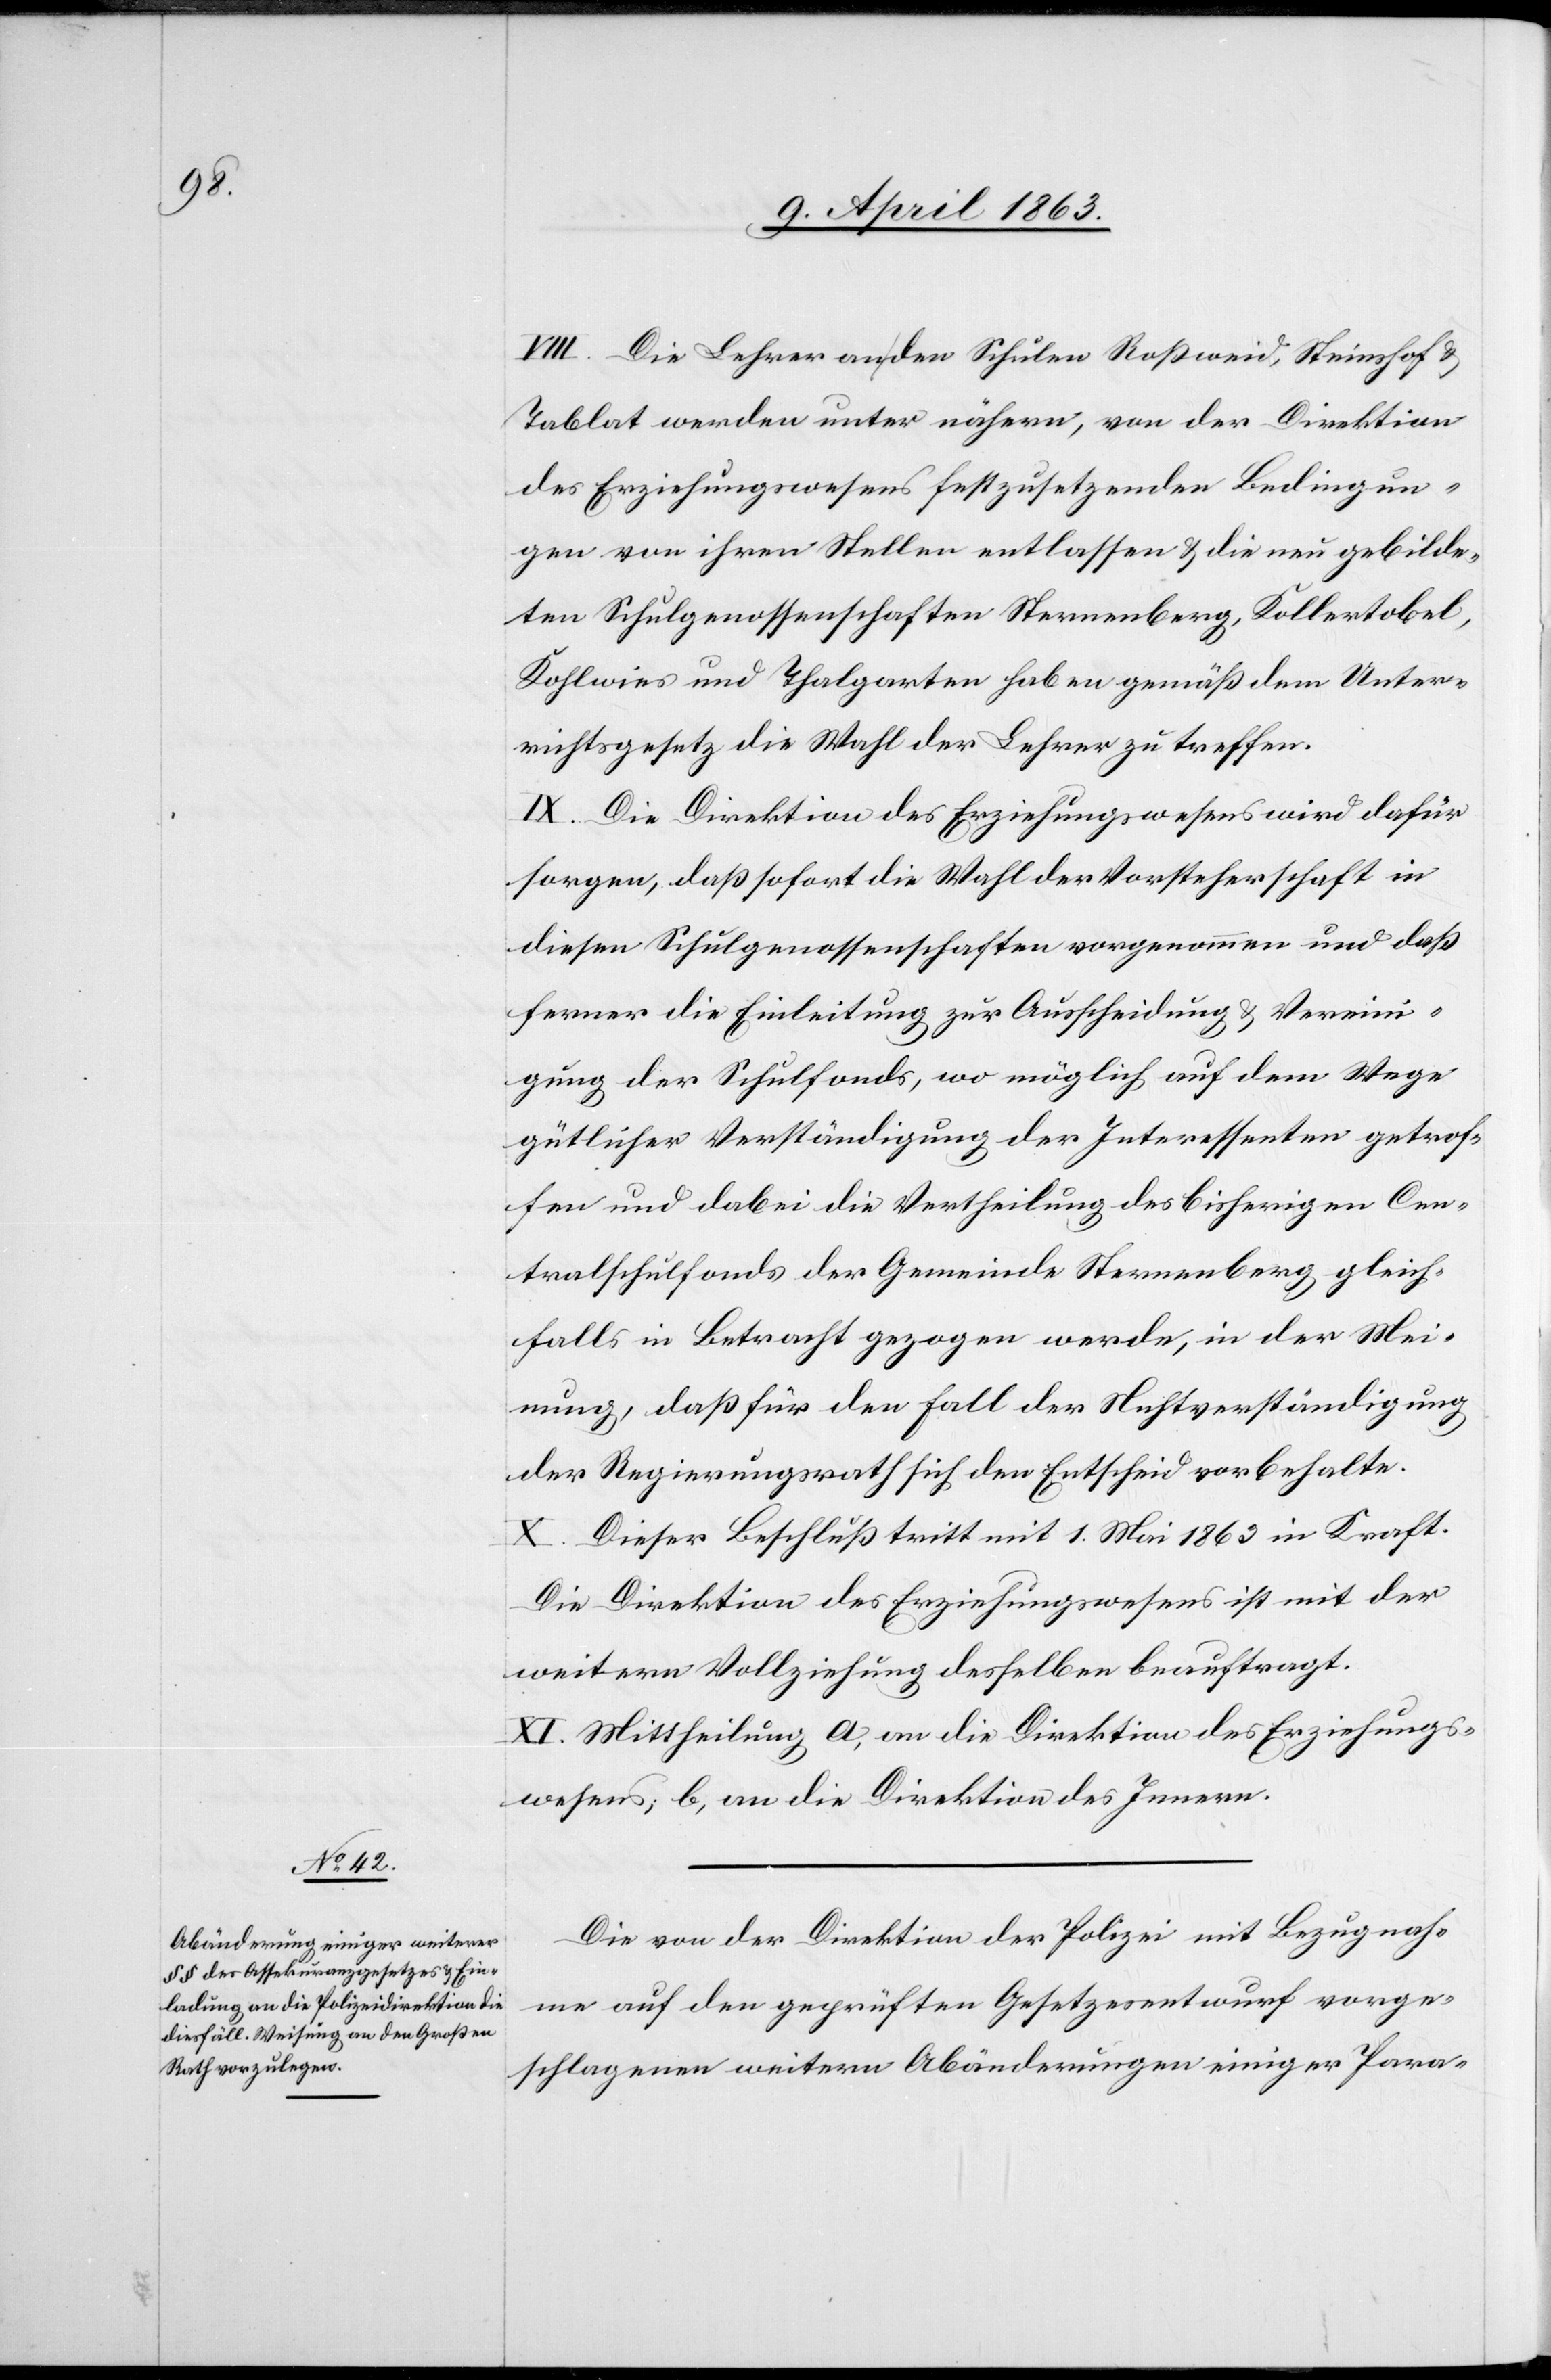
VIII. Die Lehrer an den Schulen Roßweid, Steinshof &
Tablat werden unter nähern, von der Direktion
des Erziehungswesens festzusetzenden Bedingun¬
gen von ihren Stellen entlassen & die neu gebilde¬
ten Schulgenossenschaften Sternenberg, Kollertobel,
Kohlwies und Thalgarten haben gemäß dem Unter¬
richtsgesetz die Wahl der Lehrer zu treffen.
IX. Die Direktion des Erziehungswesens wird dafür
sorgen, daß sofort die Wahl der Vorsteherschaft in
diesen Schulgenossenschaften vorgenommen und daß
ferner die Einleitung zur Ausscheidung & Vereini¬
gung der Schulfonds, wo möglich auf dem Wege
gütlicher Verständigung der Interessenten getrof¬
fen und dabei die Vertheilung des bisherigen Cen¬
tralschulfonds der Gemeinde Sternenberg gleich¬
falls in Betracht gezogen werde, in der Mei¬
nung, daß für den Fall der Nichtverständigung
der Regierungsrath sich den Entscheid vorbehalte.
X. Dieser Beschluß tritt mit 1. Mai 1863 in Kraft.
Die Direktion des Erziehungswesens ist mit der
weitern Vollziehung desselben beauftragt.
XI. Mittheilung a) an die Direktion des Erziehungs¬
wesens; b) an die Direktion des Innern.
Die von der Direktion der Polizei mit Bezugnah¬
me auf den geprüften Gesetzesentwurf vorge¬
schlagenen weitern Abänderungen einiger Para-